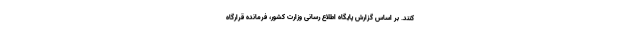
کنند. بر اساس گزارش پایگاه اطلاع رسانی وزارت کشور، فرمانده قرارگاه